Leaving Certificate, 1900
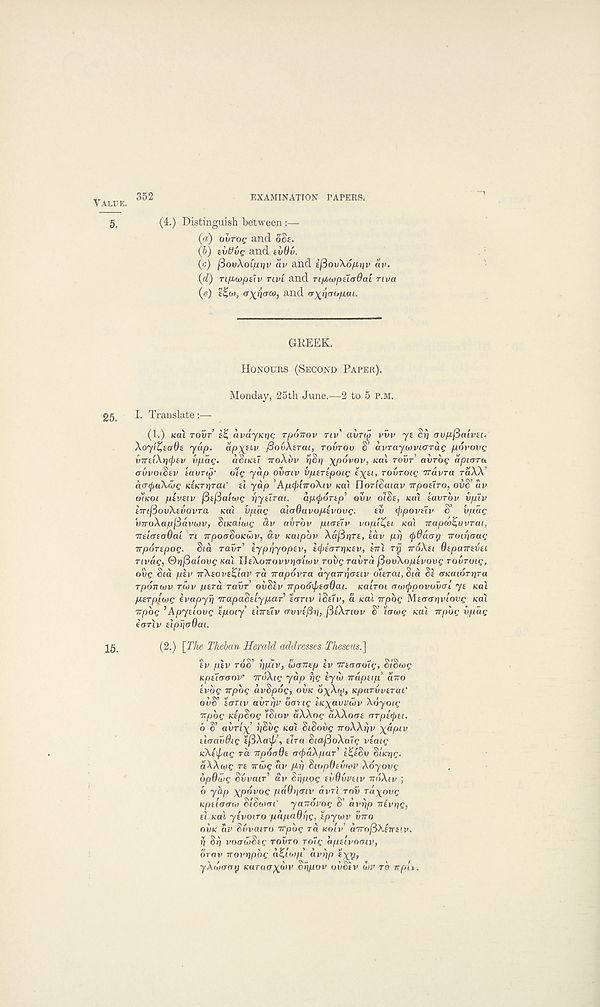
VALUE.
352
EXAMINATION TAPERS.
5,
(4.) Distinguish between
(a) OUTOQ and. oSe.
(b) ZVVVQ and tvOv.
(c) fiovXoLfxriv av and £j3oiAo/A»jv av.
(cl) TifMoptlv TIV'I and TipCtoptiadai Tiva
(e) t£w, (T^pcrco, and a^paopai.
GEEEK.
HONOURS (SECOND PAPER).
Monday, 25th June.—-2 to 5 P.M.
25,
I. Translate:—
(1.) (cat TOUT
avayiajc rponov TIV' ai/rtjji vvv ys $ri avpfiaivu.
Xoyi^tade yap- ap\civ /SovXtrai, TOVTOU S’ avraywvicrrag povovg
virtiX^ev vpac;. aSuctl iroXvv tiSt] xpovov, /cal rour’ OVTOQ apioru
auvoiSev tauri^' ole yap ovcrtv vperipoiQ fX £l ’ T°^TOl Q Travra raXX’
aaQaXuG (cs/crrjrat - ft yap ’AptyliroXiv icat UortSatav irpoeiro, ovS’ av
o’/icot pii’eiv (dcfiaiwg riyuTat. apcportp’ ovv olSe, teat tavrbv vpiv
tTrifiovXtuovra teat vpag alaOavoplvovg.
ev (ppovtlv S’ vpag
vwoXapfiavayv, Sticaiwg av avrbv piatlv vopt^ei icat irapco^uvrat,
irdatodai n irpoaSoicwv, av Kaipbv XafirjTS, iav pr) tyOacn) iroiriaag
irpoTipog. Sta ravr’ lypriyopev, f^farrjtcfv, £7rt rp TTOXH Otpairevsi
Tivag, ®rifiaiovg Ka\ UeXoirovvtiaiivv rovgravra (3ov\optvovg Tovruig,
ovg Sia ptv TrXsovstiiav ra Trapovra ayairptrsiv oierai, Sia Si (ncaiortjra
rponuiv rwv pera TOVT ovSiv irpodipeadai. KULTOI (Taxfrpovovcr'i ye teat
perptbjg ivapyrj TrapaStlypar eanv (OfTv, a /cat irpbg Mta-at/viove /cat
TTpbg ’Apyslovg tpoiy’ elrrelv crvvejSr), fitXnov S’ ’lawg /cat wpbg vpag
eartv elpUjcrOai.
15,
(2.) [The Theban Herald addresses Theseus.']
fv piv TOS’ pplv, (xxnrep ev irenacng, St'Scog
Kpeitraov’ vroXig yap f)g tyoi rrupeip’ ano
evbg irpbg avSpog, OVK 6\X(^, KpaTvveraC
ovS’ far tv avrrjv boug eicxavvwv Xbyoig
npog KepSog ’/Siov aXXog aXXoae aTpeQei.
6 S’ avrix pSvg KOI SiSoiig TTOXXIJV x**P lv
elaaiidig efiXaxp’, ena SiafioXalg veaig
icXexpag ra npoaOe rrcbaXpar’ e%eSv SiKrjg.
a\Xwg re iriog av pi) SiopOeviov Xoyovg
opQwg Svvair’ av Srjpog evQvvetv rroXiv ;
6 yap xpovog paOt^cnv dvrt rov rdyoue
Kpelcrcno StSioai' yanovog S’ avrip nevrig,
el /cat yevoiro papaOhg, epytvv OTTO
OVK av Svvairo rrpbg ra /cotv’ aTrofiXeneiv,
f) Sr) voawSeg TOVTO roig apelvomv,
orav irovtjpbg a^uop avrjp tyr/,
yXwvcrip Karavxwv Srjpov ovSiv on> TO rrp'u.